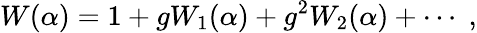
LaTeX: W(\alpha)=1+gW_{1}(\alpha)+g^{2}W_{2}(\alpha)+\cdots\; ,